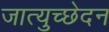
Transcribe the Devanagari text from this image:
जात्युच्छेदन